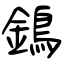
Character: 鵭